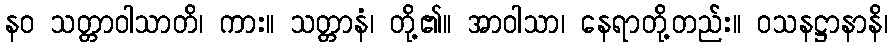
နဝ သတ္တာဝါသာတိ၊ ကား။ သတ္တာနံ၊ တို့၏။ အာဝါသာ၊ နေရာတို့တည်း။ ဝသနဋ္ဌာနာနိ၊